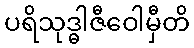
ပရိသုဒ္ဓါဇီဝေါမှီတိ